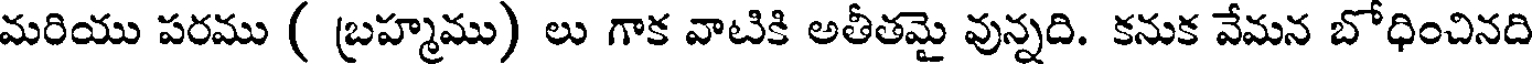
మరియు పరము ( బ్రహ్మము) లు గాక వాటికి అతీతమై వున్నది. కనుక వేమన బోధించినది